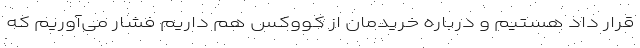
قرار داد هستیم و درباره خریدمان از کووکس هم داریم فشار می‌آوریم که